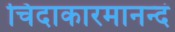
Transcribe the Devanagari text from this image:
चिदाकारमानन्दं